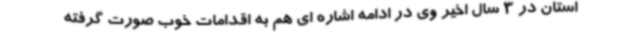
استان در 3 سال اخیر وی در ادامه اشاره ای هم به اقدامات خوب صورت گرفته